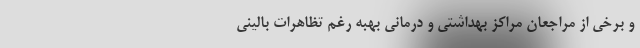
و برخی از مراجعان مراکز بهداشتی و درمانی بهبه رغم تظاهرات بالینی